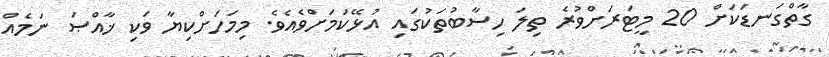
ގާތްގަނޑަކަށް 20 މީޓަރަށްވުރެ ތިލަ ހިސާބުތަކުގައި އުޅޭކަމަށްވެއެވެ. މިމަހަށްކިޔާ ވަކި ޚާއްޞަ ނަމެއް